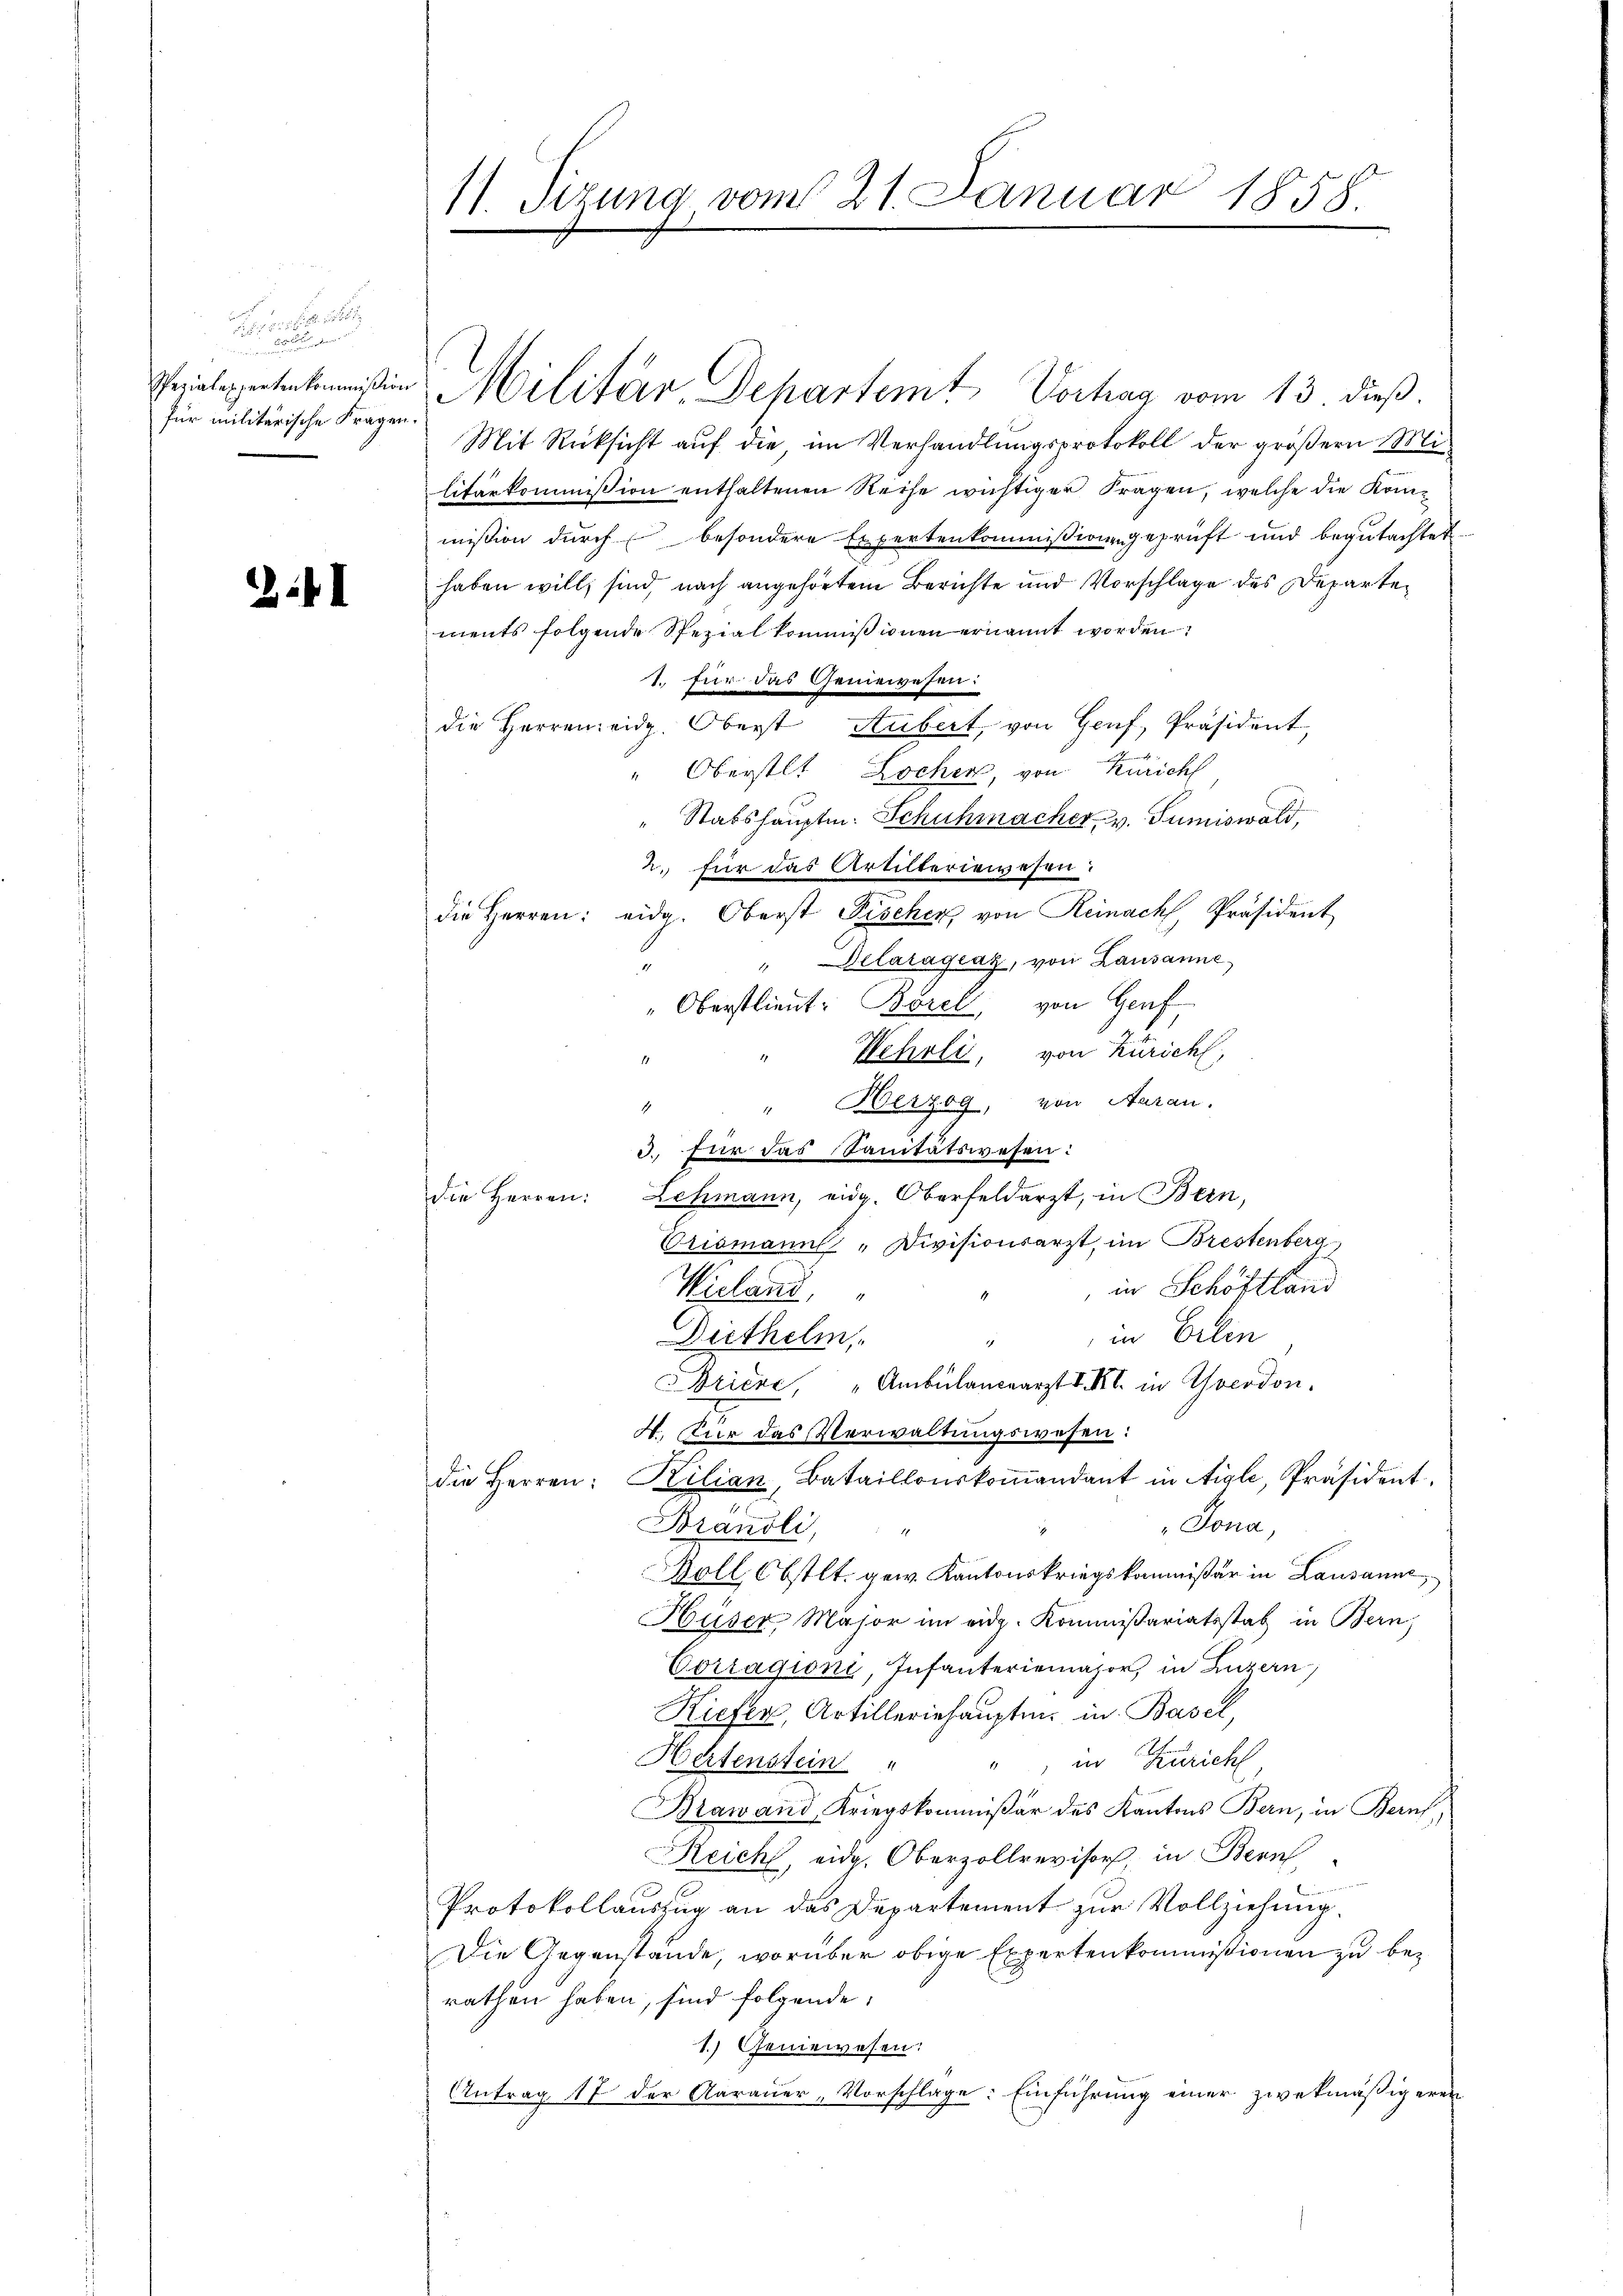
neren unter einen der
Spezialexperten kommißion
für militärische Fragen.

2I

11. Sizung vom 21. Januar 1858.

Militär-Departamt Vorhag vom 13 dieß.
Mit Rücksicht auf die, im Verhandlungsprotokoll der größern Militarkommission enthaltenen Reise wichtiger Fragen, welche die Kommißion durch besondere Expertenkommißion geprüft und begutachtet
haben will, sind, nach angehörtem Berichte und Vorschlage des Departements folgende Spezial kommißionen ernannt worden
1. für das Geniewesen:
die Herren eidg. Oberst Hubert, von Genf, Präsident,
" Oberstlt Locher, von Zürich
" Stabshauptm. Schuhmacher v. Sumiswald,
2. für das Artilteriewesen.
die Herren: eidg. Oberst Fischer, von Reinach Präsident
"llaragraz, von Lausanne
2
"Oberstlieut. Borel, von Genf
Wehrli, von Zürich,
" Herzog, von Aarau.
1
d. für das Sanitätswesen:
die Herren: Lehmann, eidg. Oberfeldarzt, in Bern,
Erismanns „Divisionsarzt, im Brestenberg
in Schöftland
Wieland,
in Erlin
Diethelm
.
rice, "Ambülanceärzt V. B. in Cocodon.
4. Für das Verwaltungswesen:
die Herren: Kilian, Bataillonskoṁandant in Aigle, Präsident
 Jona
Brandli,
Boll Obstlt. gew. Kantonskriegskommißär in Lausanne
Huser Major im eidg. Kommißariatsstat in Bern,
Corragione Infanteriemajor, in Luzern,
Kiefer, Artilleriehauptm. in Basel,
Hertenstein " " in Zürich,
Brawand Kriegskommißär des Kantons Bern, in Bern
Reich, eidg. Oberzollrevisor, in Bern,
Protokollauszug an das Departement zur Vollziehung.
Die Gegenstände, worüber obige Expertenkommissionen zu berathen haben, sind folgende:
1.) Geniewesen:
Antrag 17 der Aarauer, Vorschlage: Einführŭng einer zwekmäβigeren